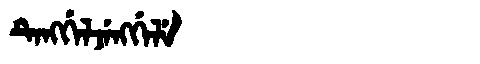
Manchu: ᡨᡝᠩᡤᡝᠯᠵᡝᠩᡤᡝᠯᡝ
Romanization: TENGGELJENGGELE